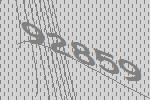
92859